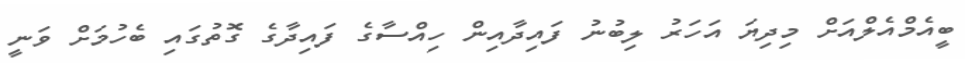
ބީއެމްއެލްއަށް މިދިޔަ އަހަރު ލިބުނު ފައިދާއިން ހިއްސާގެ ފައިދާގެ ގޮތުގައި ބެހުމަށް ވަނީ